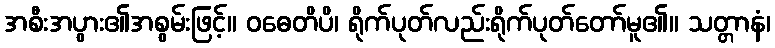
အစီးအပွား၏အစွမ်းဖြင့်။ ဝဓေတိပိ၊ ရိုက်ပုတ်လည်းရိုက်ပုတ်တော်မူ၏။ သတ္တာနံ၊